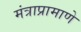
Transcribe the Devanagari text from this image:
मंत्राप्रामाणे